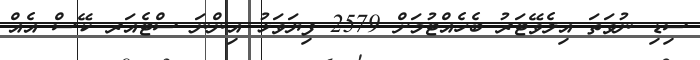
ސިޑި ނުވަތަ އިލެވޭޓަރު ބެހެއްޓުމަށް 2579 ފިޔަވަޅު އިންނަ ސްޓެއަރ ކޭސް އެއް